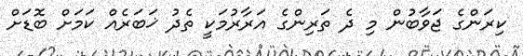
ކިރަންގެ ޖަވާބުން މި ދެ ތަރިންގެ އަރާރުމަކީ ތެދު ޚަބަރެއް ކަމަށް ބޮޑަށް